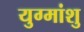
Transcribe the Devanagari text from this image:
युग्मांशु